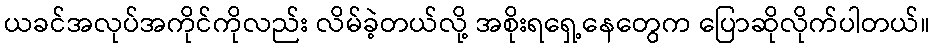
ယခင်အလုပ်အကိုင်ကိုလည်း လိမ်ခဲ့တယ်လို့ အစိုးရရှေ့နေတွေက ပြောဆိုလိုက်ပါတယ်။